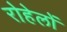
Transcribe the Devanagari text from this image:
रोहेलों